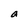
Character: a